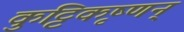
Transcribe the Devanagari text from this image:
कुट्टिकृष्णन्